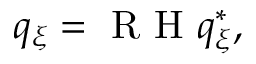
q _ { \xi } = \textrm { R H } q _ { \xi } ^ { * } ,